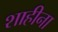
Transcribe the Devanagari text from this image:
शाहीना